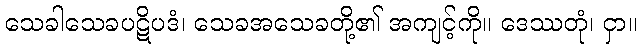
သေခါသေခပဋိပဒံ၊ သေခအသေခတို့၏ အကျင့်ကို။ ဒေဿတုံ၊ ငှာ။